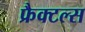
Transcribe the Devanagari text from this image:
फ्रैक्टल्स